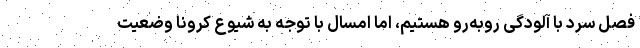
فصل سرد با آلودگی روبه‌رو هستیم، اما امسال با توجه به شیوع کرونا وضعیت